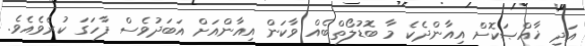
އަދި ޚާއްޞަކޮށް އިއާންދެކެ މާ ބޮޑުލޯތްބެއް ވާކަން އިއާންއަށް އަބަދުވެސް ފާހަގަ ކުރެވެއެވެ.